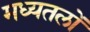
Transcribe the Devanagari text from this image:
मध्यतलों